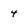
Character: 4